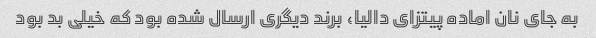
به جای نان اماده پیتزای دالیا، برند دیگری ارسال شده بود که خیلی بد بود